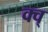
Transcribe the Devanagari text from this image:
क्व्